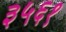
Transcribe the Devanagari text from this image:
३५६१